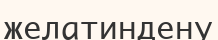
желатиндену